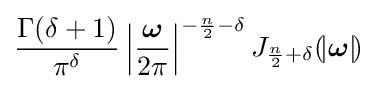
{\frac {\Gamma (\delta +1)}{\pi ^{\delta }}}\left|{\frac {\boldsymbol {\omega }}{2\pi }}\right|^{-{\frac {n}{2}}-\delta }J_{{\frac {n}{2}}+\delta }(\!|{\boldsymbol {\omega }}|\!)